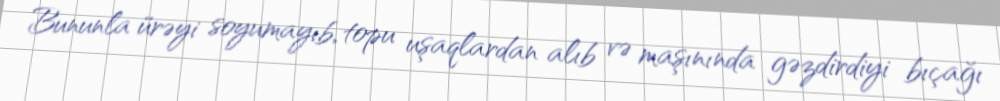
Bununla ürəyi soyumayıb, topu uşaqlardan alıb və maşınında gəzdirdiyi bıçağı